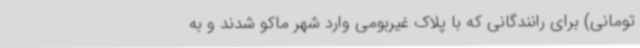
تومانی) برای رانندگانی که با پلاک غیربومی وارد شهر ماکو شدند و به